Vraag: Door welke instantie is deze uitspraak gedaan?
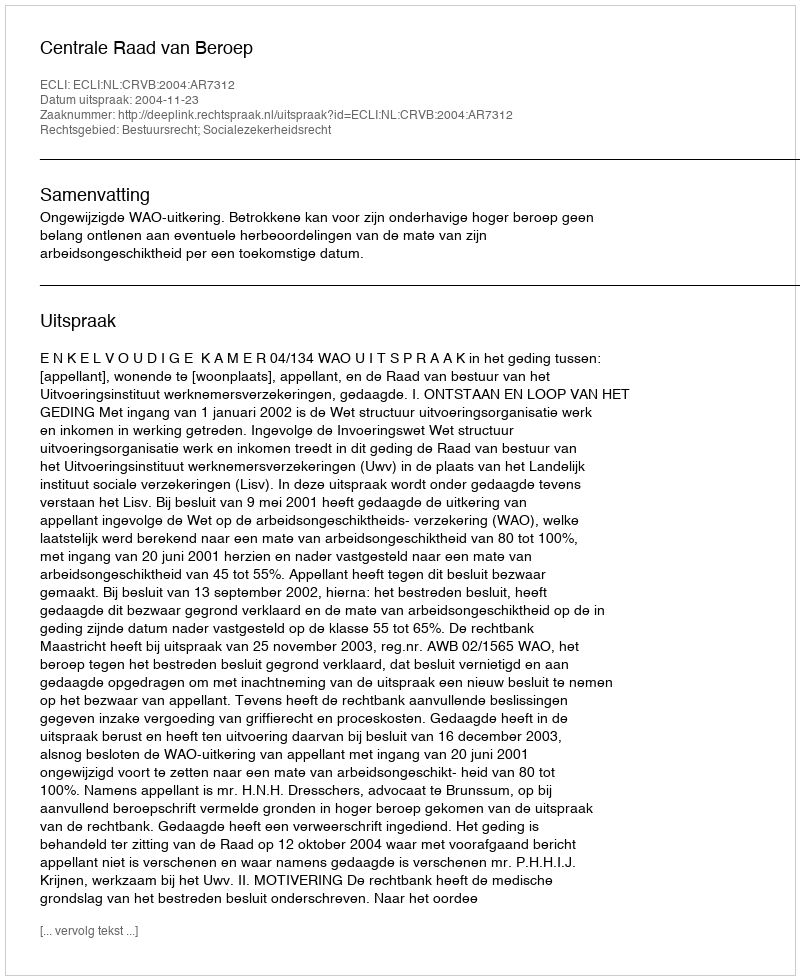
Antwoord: Centrale Raad van Beroep